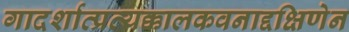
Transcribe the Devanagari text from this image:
गादर्शात्प्रत्यक्कालकवनाद्दक्षिणेन